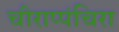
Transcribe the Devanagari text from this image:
चीराप्पंचिरा